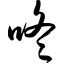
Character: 咚